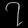
Digit: ၇